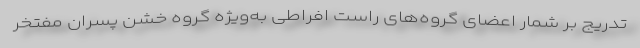
تدریج بر شمار اعضای گروه‌های راست افراطی به‌ویژه گروه خشن پسران مفتخر